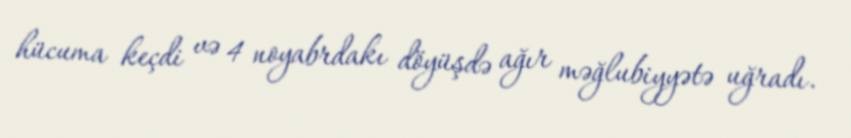
hücuma keçdi və 4 noyabrdakı döyüşdə ağır məğlubiyyətə uğradı.